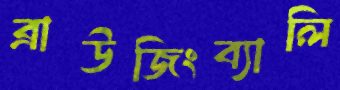
ব্রাউজিংব্যালি